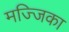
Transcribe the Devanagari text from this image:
मज्जिका